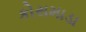
કોસમાડા